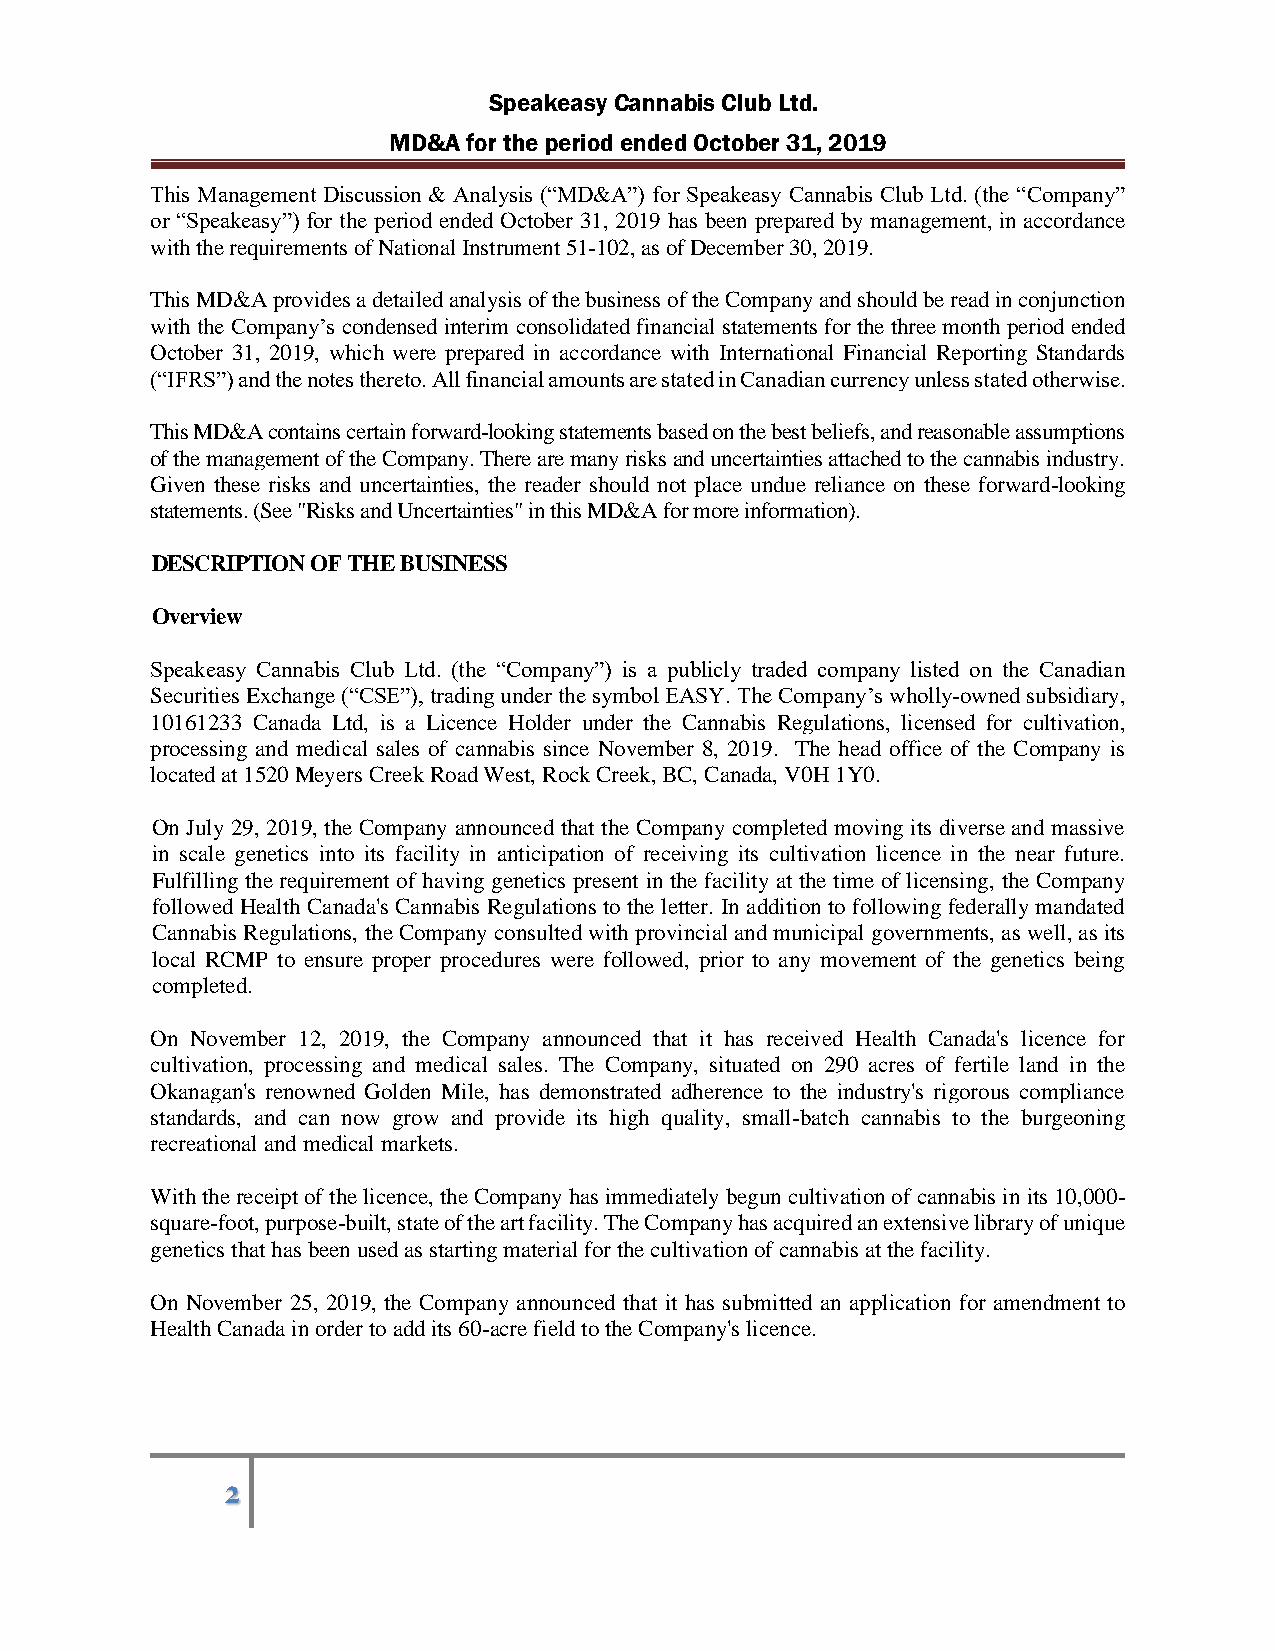
Speakeasy Cannabis Club Ltd.
 MD&A for the period ended October 31, 2019
 This Management Discussion & Analysis (“MD&A”) for Speakeasy Cannabis Club Ltd. (the “Company”
 or “Speakeasy”) for the period ended October 31, 2019 has been prepared by management, in accordance
 with the requirements of National Instrument 51-102, as of December 30, 2019.
 This MD&A provides a detailed analysis of the business of the Company and should be read in conjunction
 with the Company’s condensed interim consolidated financial statements for the three month period ended
 October 31, 2019, which were prepared in accordance with International Financial Reporting Standards
 (“IFRS”) and the notes thereto. All financial amounts are stated in Canadian currency unless stated otherwise.
 This MD&A contains certain forward-looking statements based on the best beliefs, and reasonable assumptions
 of the management of the Company. There are many risks and uncertainties attached to the cannabis industry.
 Given these risks and uncertainties, the reader should not place undue reliance on these forward-looking
 statements. (See "Risks and Uncertainties" in this MD&A for more information).
 DESCRIPTION OF THE BUSINESS
 Overview
 Speakeasy Cannabis Club Ltd. (the “Company”) is a publicly traded company listed on the Canadian
 Securities Exchange (“CSE”), trading under the symbol EASY. The Company’s wholly-owned subsidiary,
 10161233 Canada Ltd, is a Licence Holder under the Cannabis Regulations, licensed for cultivation,
 processing and medical sales of cannabis since November 8, 2019. The head office of the Company is
 located at 1520 Meyers Creek Road West, Rock Creek, BC, Canada, V0H 1Y0.
 On July 29, 2019, the Company announced that the Company completed moving its diverse and massive
 in scale genetics into its facility in anticipation of receiving its cultivation licence in the near future.
 Fulfilling the requirement of having genetics present in the facility at the time of licensing, the Company
 followed Health Canada's Cannabis Regulations to the letter. In addition to following federally mandated
 Cannabis Regulations, the Company consulted with provincial and municipal governments, as well, as its
 local RCMP to ensure proper procedures were followed, prior to any movement of the genetics being
 completed.
 On November 12, 2019, the Company announced that it has received Health Canada's licence for
 cultivation, processing and medical sales. The Company, situated on 290 acres of fertile land in the
 Okanagan's renowned Golden Mile, has demonstrated adherence to the industry's rigorous compliance
 standards, and can now grow and provide its high quality, small-batch cannabis to the burgeoning
 recreational and medical markets.
 With the receipt of the licence, the Company has immediately begun cultivation of cannabis in its 10,000-
 square-foot, purpose-built, state of the art facility. The Company has acquired an extensive library of unique
 genetics that has been used as starting material for the cultivation of cannabis at the facility.
 On November 25, 2019, the Company announced that it has submitted an application for amendment to
 Health Canada in order to add its 60-acre field to the Company's licence.
 2